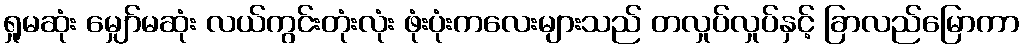
ရှုမဆုံး မျှော်မဆုံး လယ်ကွင်းတုံးလုံး ဖုံးပုံးကလေးများသည် တလှုပ်လှုပ်နှင့် ခြာလည်မြောကာ